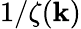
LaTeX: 1/{\zeta(\mathbf{k})}